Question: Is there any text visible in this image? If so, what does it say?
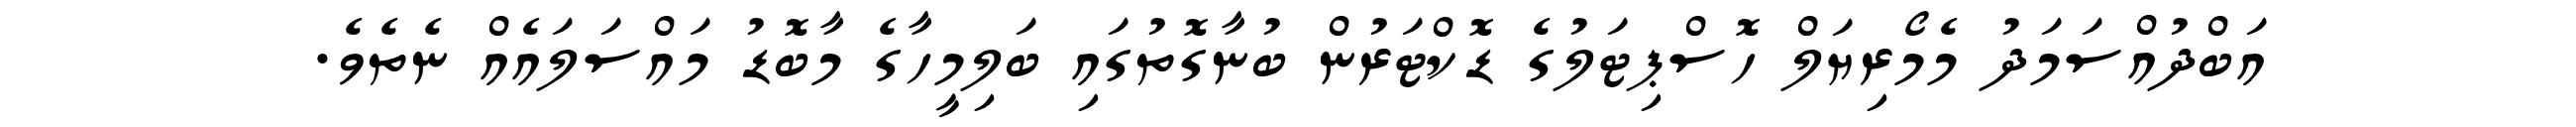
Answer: އަބްދުއްސަމަދު މެމޯރިޔަލް ހޮސްޕިޓަލުގެ ޑޮކްޓަރުން ބުނާގޮތުގައި ބަލިމީހާގެ މާބޮޑު މައްސަލައެއް ނެތެވެ.